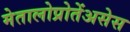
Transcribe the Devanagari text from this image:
मेतालोप्रोतेंअसेस